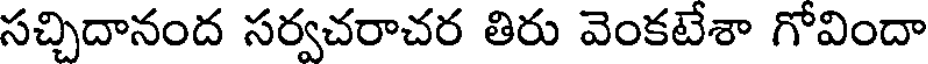
సచ్చిదానంద సర్వచరాచర తిరు వెంకటేశా గోవిందా